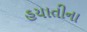
હયાતીના